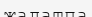
жалатпа